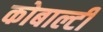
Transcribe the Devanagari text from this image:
कोबाल्टी